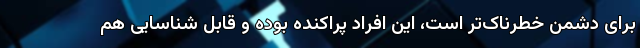
برای دشمن خطرناک‌تر است، این افراد پراکنده بوده و قابل شناسایی هم